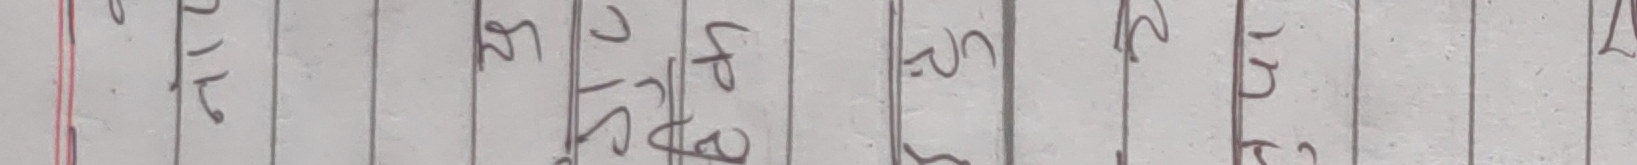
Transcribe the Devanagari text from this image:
सकियो